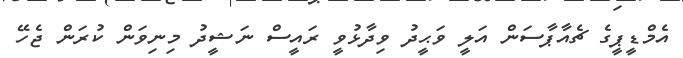
އެމްޑީޕީގެ ޗެއާޕާސަން އަލީ ވަޙީދު ވިދާޅުވީ ރައީސް ނަޝީދު މިނިވަން ކުރަން ޖެހޭ